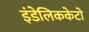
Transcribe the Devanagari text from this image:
इंडेलिककेटो